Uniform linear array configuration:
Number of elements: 32
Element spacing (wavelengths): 0.25
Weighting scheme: uniform
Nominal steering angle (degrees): -15
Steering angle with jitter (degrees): -14.032
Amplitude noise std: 0.05
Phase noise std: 0.05

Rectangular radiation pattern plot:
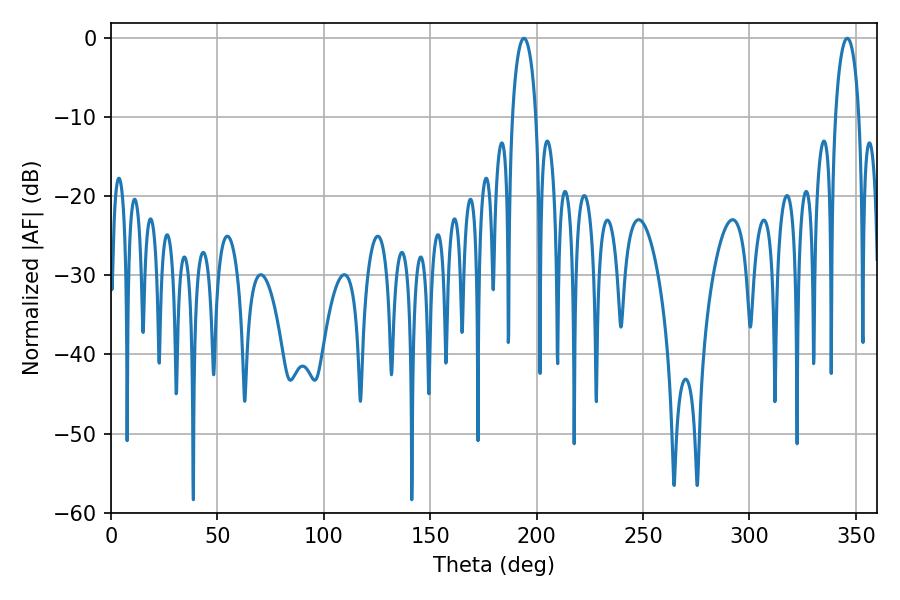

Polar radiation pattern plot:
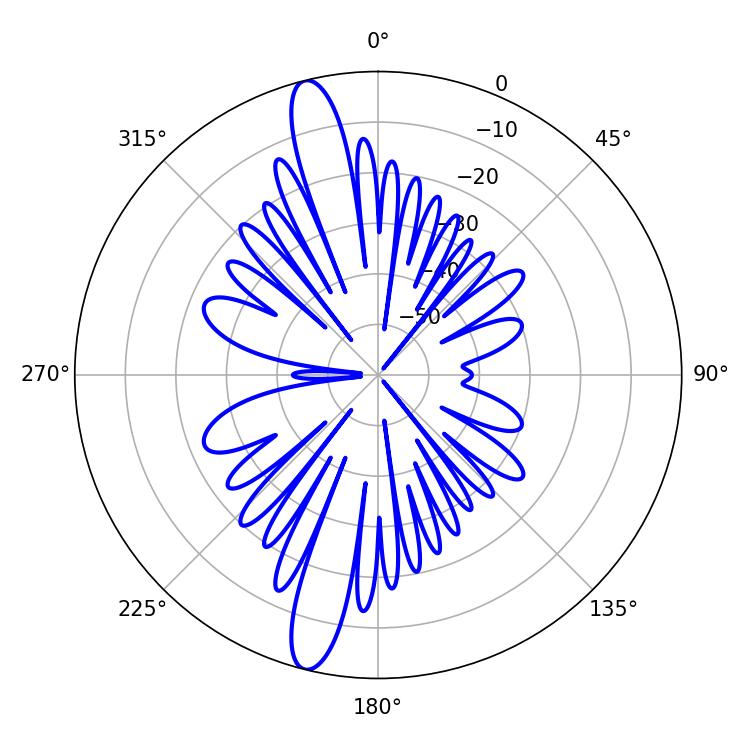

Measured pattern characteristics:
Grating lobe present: FALSE
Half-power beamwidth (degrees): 6.48
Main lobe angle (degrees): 194.04